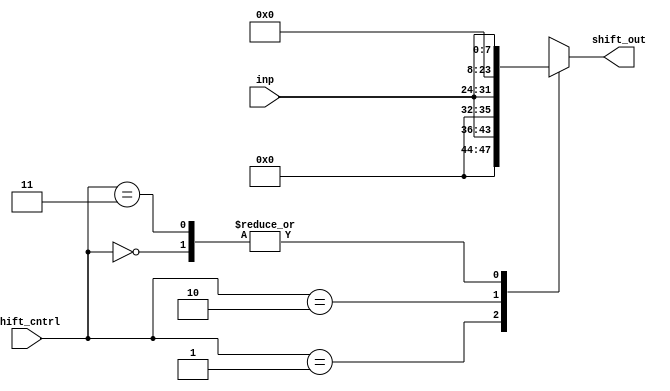
`timescale 1ns / 1ps

module Shifter(
 input [1:0] shift_cntrl ,
 input [7:0] inp ,
 output reg [15:0] shift_out 
    );
    
  always @(*)
    begin
    case(shift_cntrl)
      2'b00 : shift_out = {8'd0 , inp} ;  // no shift 
      2'b01 : shift_out = {4'd0 , inp ,4'd0} ;  // 4-bit left shift 
      2'b10 : shift_out = {inp , 8'd0} ;     //8-bit left shift
      2'b11 : shift_out = {8'd0 , inp} ;  // no shift 
      default : shift_out= 16'bx ;
    endcase
     
    end
    
endmodule